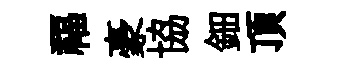
福豪協鈿頂